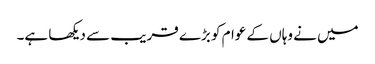
میں نے وہاں کے عوام کو بڑے قریب سے دیکھا ہے۔